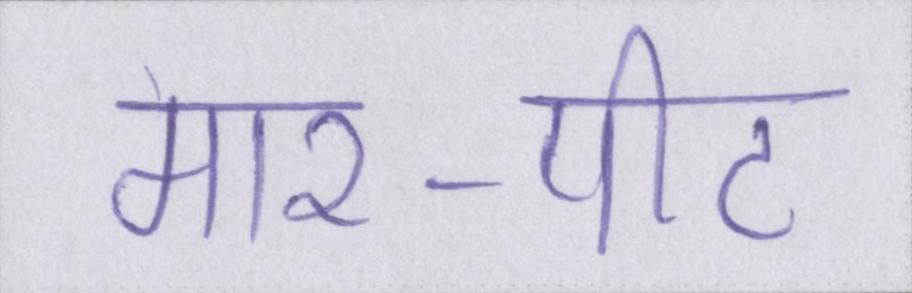
मार-पीट